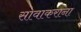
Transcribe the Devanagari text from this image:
सावाकरांना